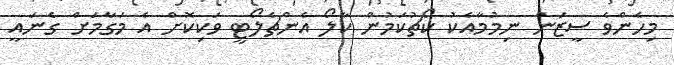
މިހެންވެ ސީޒަން ނިމުމާއެކު ކޯޗުކަމުން ކާލޯ އެންޗެލޯޓީ ވަކިކޮށް އެ މަގާމަށް ގެނައީ